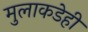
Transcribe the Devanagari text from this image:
मुलाकडेही